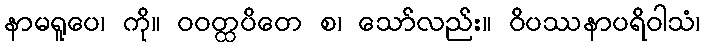
နာမရူပေ၊ ကို။ ဝဝတ္ထပိတေ စ၊ သော်လည်း။ ဝိပဿနာပရိဝါသံ၊